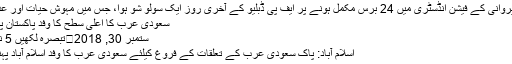
دیپک پروانی کے فیشن انڈسٹری میں 24 برس مکمل ہونے پر ایف پی ڈبلیو کے آخری روز ایک سولو شو ہوا، جس میں مہوش حیات اور عدنان ...
سعودی عرب کا اعلیٰ سطح کا وفد پاکستان پہنچ گیا
ستمبر 30, 2018	تبصرہ لکھیں 5 نظارے
اسلام آباد: پاک سعودی عرب کے تعلقات کے فروغ کیلئے سعودی عرب کا وفد اسلام آباد پہنچ گیا ۔